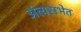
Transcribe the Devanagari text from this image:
अंत्यसभेत